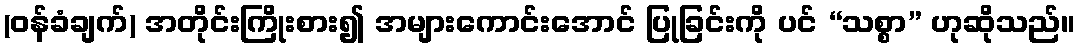
(ဝန်ခံချက်) အတိုင်းကြိုးစား၍ အများကောင်းအောင် ပြုခြင်းကို ပင် “သစ္စာ” ဟုဆိုသည်။